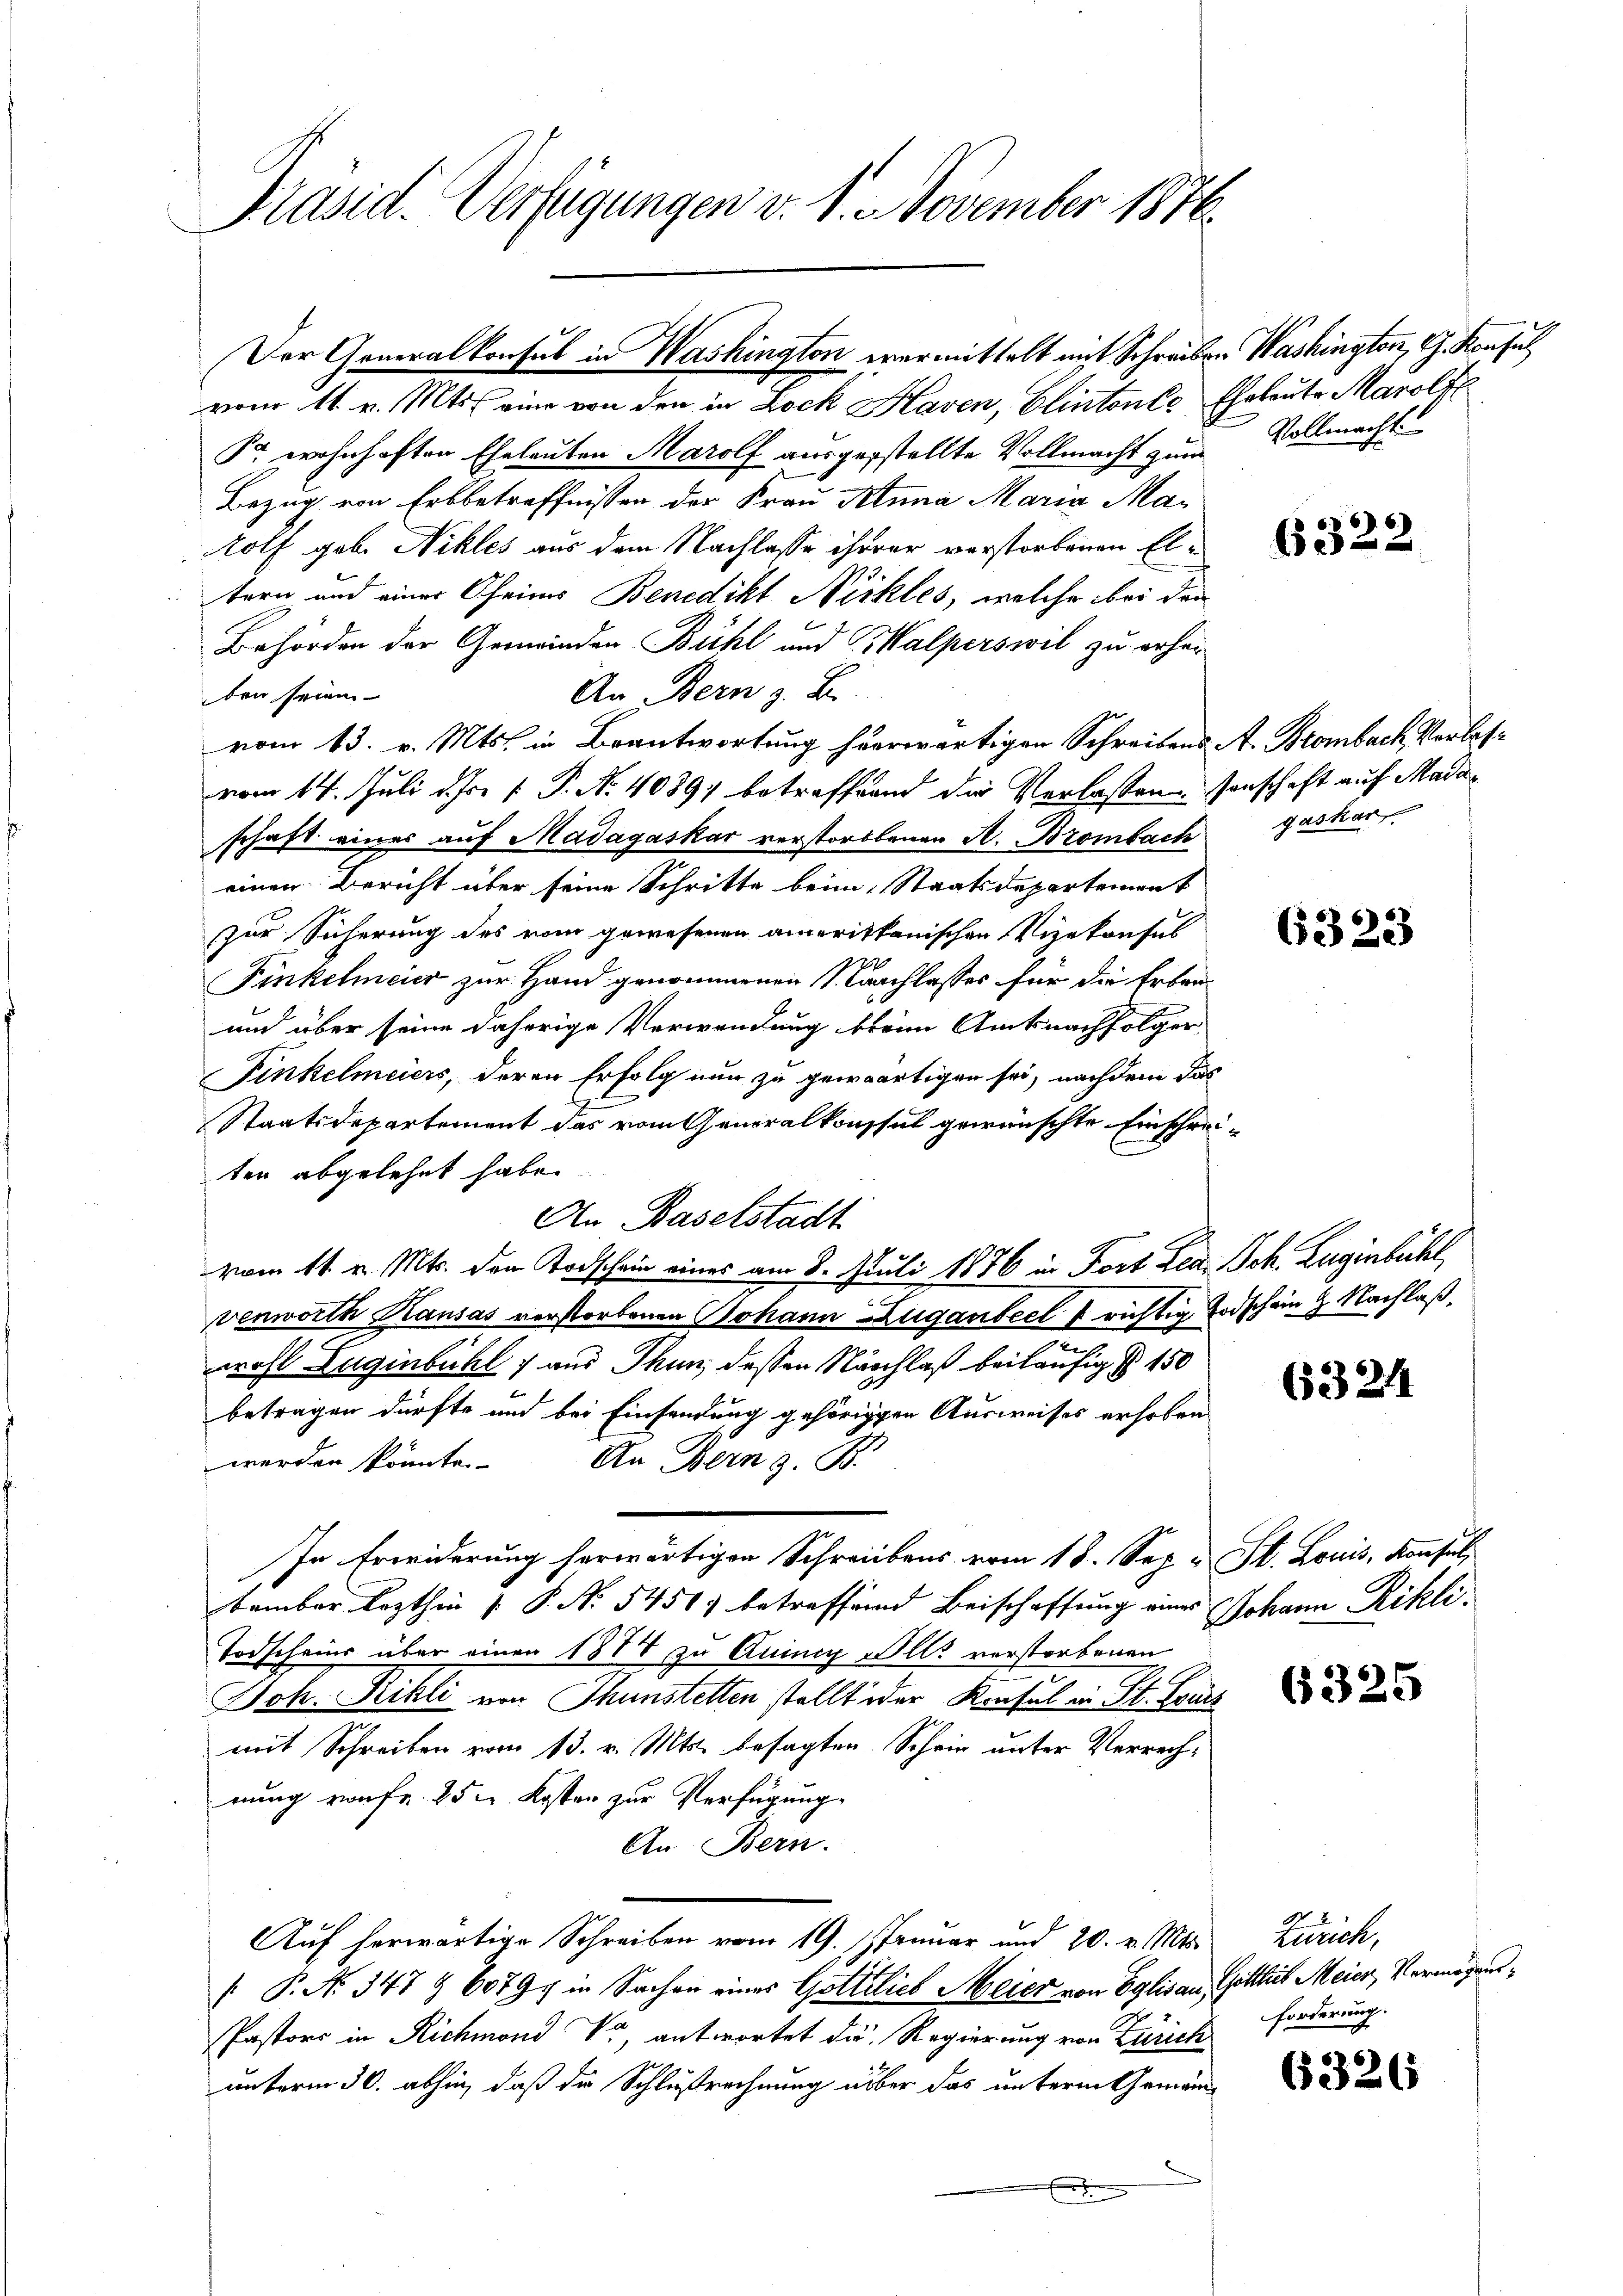
Präsid. Verfügungen v. 1. November 1876.

Der Generalkonsul in Washington vermittelt mit Schreiben Washington, G. Konsul
vom 11. v. Mts. eine von den in Lock Haven, Elintones Eheleute Maroli
Pr wohnhaften Eheleuten Marolf ausgestellte Vollmacht zum
Bezug von Erbbetreffnissen der Frau Anna Maria Ma¬
Rolf geb. Nikles aus dem Nachlasse ihrer vorstorbenen Eltern und einer Oheimes Benedikt Nickles, welche bei den
Behörden der Gemeinden Bühl und Halperswil zu erher-
An Bern z. B.
ben seine
vom 13. v. Mts. in Brantwortung herwärtigen Schreibens A. Brombach Verlasvom 14. Juli d. Js. f. P. Nr. 4089) betreffend die Verlassen, sonschaft auf Madaschaft eines auf Madagaskar verstorbenen A. Brombach gashan
einen Bericht über seine Schritte beim Staatsdepartement
zur Sicherung des vom gewesenen amerikanischen Vizekonsul
Finkelmeier zur Hand genommenen Nachlasses für die Erben¬
und über seine daherige Verwendung kleine Amtsnachfolger
Finkelmeiers, deren Erfolg nun zu gewärtigen sei, nachdem das
Staatsdepartement das vom Generalkonsul gewünschte Einschreten abgelehnt habe.
An Baselstadt
vom 11. v. Mts. den Todschein eines am 8. Juli 1876 in Fort den Joh. Zugenbühl,
venworth Kausas verstorbenen Johann Zugandect f richtige Todschein g. Nachlaß
u
wohl Eugenbühl & aus Thun, deßen Nachlaß beiläufig § 150
.
betragen dürfte und bei Einsendung gehörigen Ausweises erhoben
werden könnte.
An Bern z. B.
In Erwiderung herwärtigen Schreibens vom 18. Sep. u St. Louis, Konsul
tember lezthin  P. N. 5451) betreffend Beischaffung eines
Todscheins über einer 1887 zu Anini alle verstorbenen
Joh. Rikli von Thunstetten stellt oder Konsul in St. Louis
mit Schreiben vom 13. v. Mts. besagten Schrie unter Verrechnung von fr. 25 u. Kosten zur Verfügung
An. Bern.
Auf herwärtige Schreiben vom 19. Januar und 20. v. Mts. Zürich,
 P. No 347 § 6079, in Sachen eines Gottlieb Meier von Eglisau, Gottheit Meier, Vermögens¬
Pastors in Richmond V., antwortet die Regierung von Zürich
unterm 30. abhin, daß die Schlußrechnung über das unterm Gemein-
f

Vollmacht.

6322

2

6323

6324

Johann Rikli.

6325

forderung.

6326